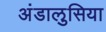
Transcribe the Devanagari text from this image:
अंडालुसिया